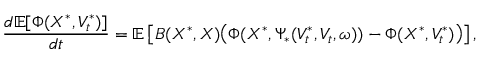
\frac { d \mathbb { E } [ \Phi ( X ^ { \ast } , V _ { t } ^ { \ast } ) ] } { d t } = \mathbb { E } \left[ B ( X ^ { \ast } , X ) \bigl ( \Phi ( X ^ { \ast } , \Psi _ { \ast } ( V _ { t } ^ { \ast } , V _ { t } , \omega ) ) - \Phi ( X ^ { \ast } , V _ { t } ^ { \ast } ) \bigr ) \right] ,